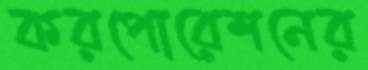
করপোরেশনের